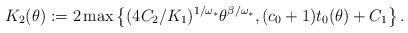
LaTeX: \begin{align*}K_2(\theta):=2\max\left\{(4C_2/K_1)^{1/\omega_*}\theta^{\beta/\omega_*}, (c_0+1)t_0(\theta)+C_1\right\}.\end{align*}